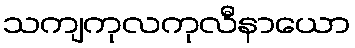
သကျကုလကုလီနာယော